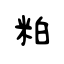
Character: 粕